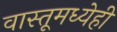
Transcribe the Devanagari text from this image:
वास्तूमध्येही